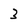
Character: 3